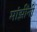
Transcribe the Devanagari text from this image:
मांझींनी